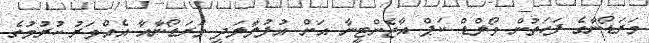
މަރަޑޯނާގެ ފަހަތުން ވޯލްޑް ކަޕް އާޖެންޓީނާ އަށް އުފުލާލަދީ މަރަޑޯނާއާ އެއްވަރު ކުރުމުގެ